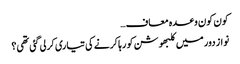
کون کون وعدہ معاف…
نواز دور میں کلبھوشن کو رہا کرنے کی تیاری کرلی گئی تھی؟